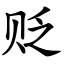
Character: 贬